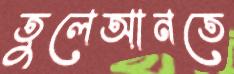
তুলেআনতে